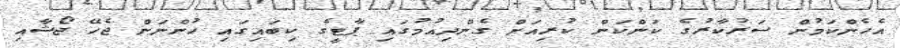
އެހެންކަމުން ސަރުކާރުގެ ކަންކަން ކުރިއަށް ގެންދިއުމުގައި ޕާޓީގެ ކިބައިގައި ހުންނަން ޖެހޭ ޖޯޝާއި